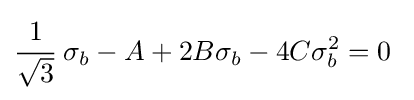
{\cfrac {1}{\sqrt {3}}}~\sigma _{b}-A+2B\sigma _{b}-4C\sigma _{b}^{2}=0~